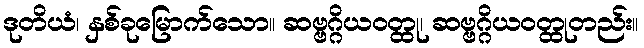
ဒုတိယံ၊ နှစ်ခုမြောက်သော။ ဆဗ္ဗဂ္ဂိယဝတ္ထု၊ ဆဗ္ဗဂ္ဂိယဝတ္ထုတည်း။